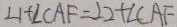
\angle 1 + \angle C A F = \angle 2 + \angle C A F